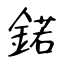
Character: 鍩